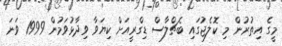
މީގެ އިތުރުން މި ކޮލެޖުގައި ބެޗްލާސް ޑިގްރީއަށް ކިޔަވާ ވިދާޅުވަމުން 1999 ވަނަ